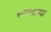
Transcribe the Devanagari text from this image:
बगीच्याच्या